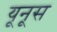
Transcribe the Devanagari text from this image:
यूनूस